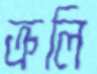
ক্রলি